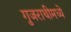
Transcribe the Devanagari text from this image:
गुजराथीमध्ये